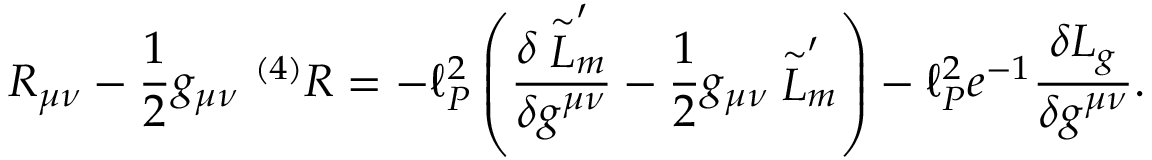
R _ { \mu \nu } - { \frac { 1 } { 2 } } g _ { \mu \nu } ~ ^ { ( 4 ) } R = - \ell _ { P } ^ { 2 } \left( \frac { \delta \stackrel { \sim } { \cal L } _ { m } ^ { \prime } } { \delta g ^ { \mu \nu } } - { \frac { 1 } { 2 } } g _ { \mu \nu } \stackrel { \sim } { \cal L } _ { m } ^ { \prime } \right) - \ell _ { P } ^ { 2 } e ^ { - 1 } \frac { \delta { \cal L } _ { g } } { \delta g ^ { \mu \nu } } .